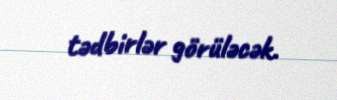
tədbirlər görüləcək.